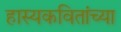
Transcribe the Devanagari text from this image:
हास्यकवितांच्या